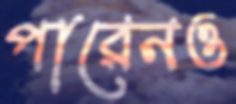
পারেনও